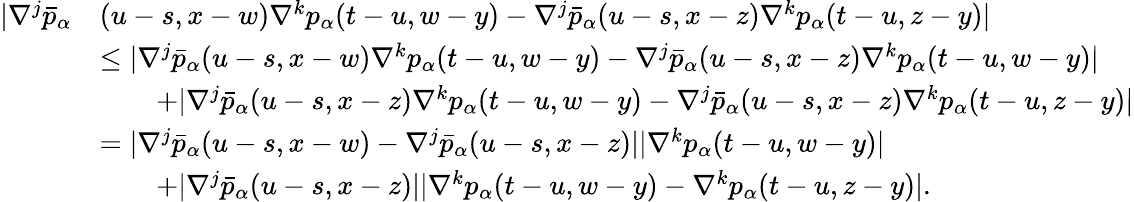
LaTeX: \begin{array}{rl}{|\nabla^{j}\bar{p}_{\alpha}}&{(u-s,x-w)\nabla^{k}p_{\alpha}(t-u,w-y)-\nabla^{j}\bar{p}_{\alpha}(u-s,x-z)\nabla^{k}p_{\alpha}(t-u,z-y)|}\\ &{\leq|\nabla^{j}\bar{p}_{\alpha}(u-s,x-w)\nabla^{k}p_{\alpha}(t-u,w-y)-\nabla^{j}\bar{p}_{\alpha}(u-s,x-z)\nabla^{k}p_{\alpha}(t-u,w-y)|}\\ &{\qquad+|\nabla^{j}\bar{p}_{\alpha}(u-s,x-z)\nabla^{k}p_{\alpha}(t-u,w-y)-\nabla^{j}\bar{p}_{\alpha}(u-s,x-z)\nabla^{k}p_{\alpha}(t-u,z-y)|}\\ &{=|\nabla^{j}\bar{p}_{\alpha}(u-s,x-w)-\nabla^{j}\bar{p}_{\alpha}(u-s,x-z)||\nabla^{k}p_{\alpha}(t-u,w-y)|}\\ &{\qquad+|\nabla^{j}\bar{p}_{\alpha}(u-s,x-z)||\nabla^{k}p_{\alpha}(t-u,w-y)-\nabla^{k}p_{\alpha}(t-u,z-y)|.}\end{array}